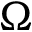
\Omega